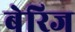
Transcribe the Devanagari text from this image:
बेरिज